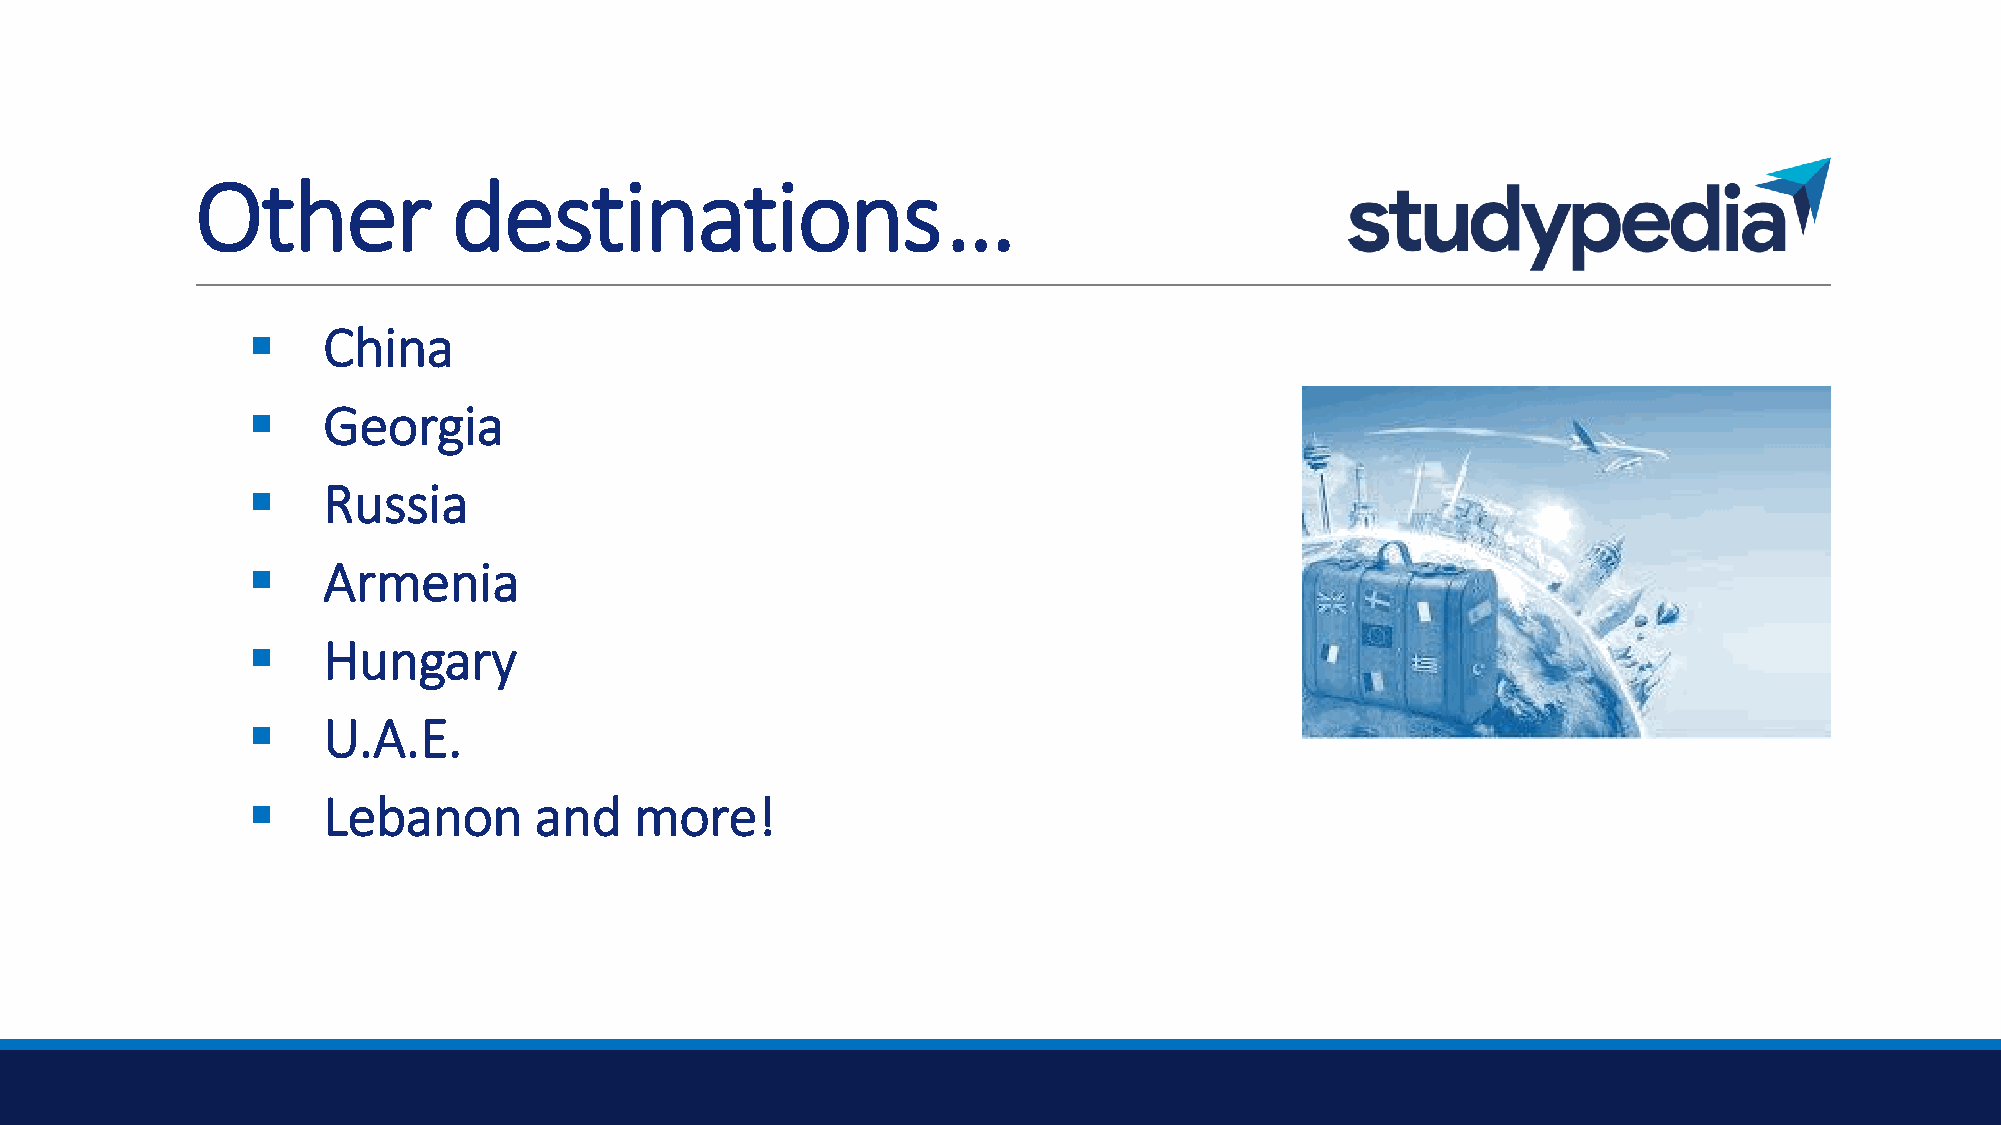
Other            destinations…
 ▪    China
 ▪    Georgia
 ▪    Russia
 ▪    Armenia
 ▪    Hungary
 ▪    U.A.E.
 ▪    Lebanon       and    more!